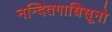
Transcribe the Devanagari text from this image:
नन्दितगाधिसूनो